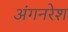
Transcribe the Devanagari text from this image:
अंगनरेश